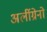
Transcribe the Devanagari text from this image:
अर्लीग्रेनो